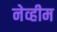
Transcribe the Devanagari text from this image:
नेव्हीम